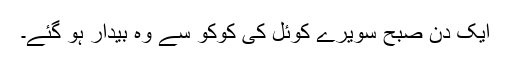
ایک دن صبح سویرے کوئل کی کوکو سے وہ بیدار ہو گئے۔